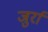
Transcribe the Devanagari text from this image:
जुर्रा